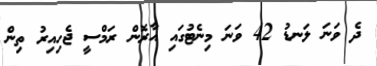
ދެ ވަނަ ލަނޑު 42 ވަނަ މިނެޓުގައި އާރޮން ރަމްސީ ޖެހިއިރު ތިން